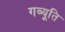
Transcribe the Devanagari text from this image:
गव्यूति